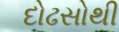
દોઢસોથી